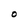
Character: O